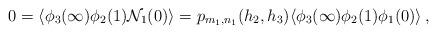
LaTeX: \begin{align*} 0 = \langle\phi_3(\infty)\phi_2(1){\cal N}_1(0)\rangle = p_{m_1,n_1}(h_2, h_3) \langle\phi_3(\infty)\phi_2(1)\phi_1(0)\rangle\,,\end{align*}